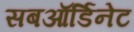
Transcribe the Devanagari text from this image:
सबऑर्डिनेट